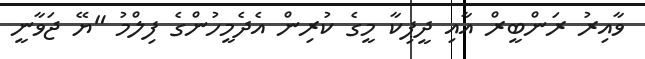
ވާއިރު ރަންބީރް އާއި ދީޕިކާ މީގެ ކުރިން އެދެމީހުންގެ ފިލްމު "ޔޭ ޖަވާނީ